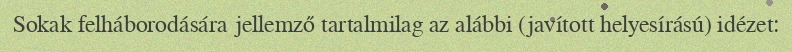
Sokak felháborodására jellemző tartalmilag az alábbi (javított helyesírású) idézet: